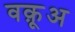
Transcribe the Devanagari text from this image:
वक़ूअ